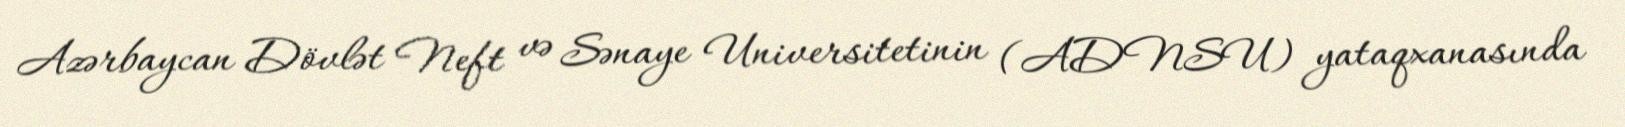
Azərbaycan Dövlət Neft və Sənaye Universitetinin (ADNSU) yataqxanasında